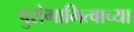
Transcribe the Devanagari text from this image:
पुरोगामित्वाच्या